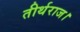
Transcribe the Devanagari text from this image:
तीर्थराज।